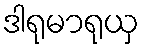
ဒါရုမာရုယှ